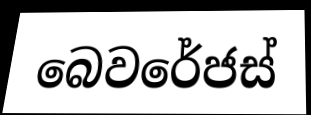
බෙවරේජස්